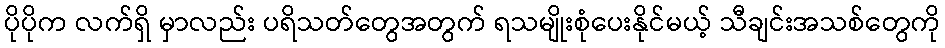
ပိုပိုက လက်ရှိ မှာလည်း ပရိသတ်တွေအတွက် ရသမျိုးစုံပေးနိုင်မယ့် သီချင်းအသစ်တွေကို